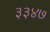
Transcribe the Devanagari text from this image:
३३४७